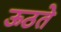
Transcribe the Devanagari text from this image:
ऊठते